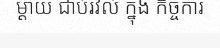
ម្តាយ ជាប់រវល់ ក្នុង កិច្ចការ